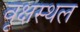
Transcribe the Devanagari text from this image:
वृक्षस्थल